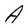
Character: A